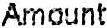
AMOUNT